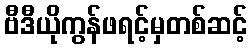
ဗီဒီယိုကွန်ဖရင့်မှတစ်ဆင့်